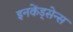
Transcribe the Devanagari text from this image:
इनकेंड्सेन्स